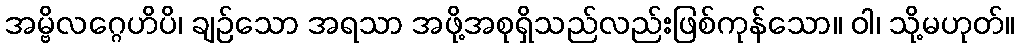
အမ္ဗိလဂ္ဂေဟိပိ၊ ချဉ်သော အရသာ အဖို့အစုရှိသည်လည်းဖြစ်ကုန်သော။ ဝါ၊ သို့မဟုတ်။